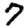
Digit: 7